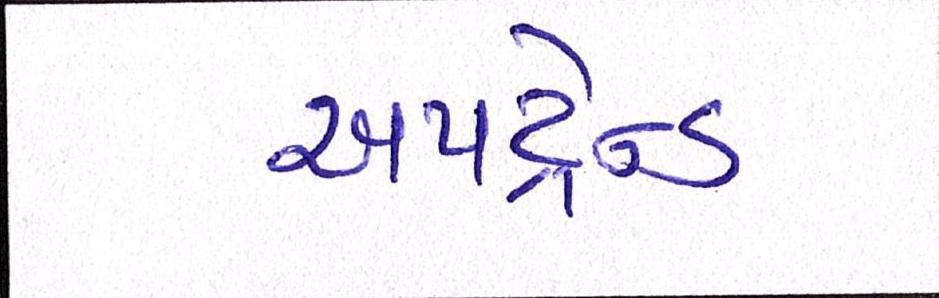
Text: અપટ્રેન્ડ